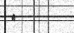
٥